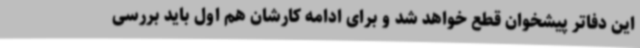
این دفاتر پیشخوان قطع خواهد شد و برای ادامه کارشان هم اول باید بررسی